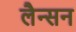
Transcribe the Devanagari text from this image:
लैन्सन